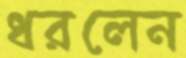
ধরলেন